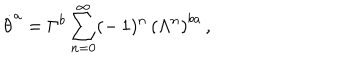
LaTeX: \dot { \theta } ^ { a } = \Gamma ^ { b } \sum _ { n = 0 } ^ { \infty } ( - \, 1 ) ^ { n } \, \left( \Lambda ^ { n } \right) ^ { b a } \, ,